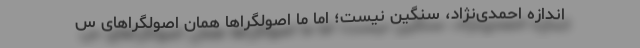
اندازه احمدی‌نژاد، سنگین نیست؛ اما ما اصولگراها همان اصولگراهای س